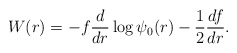
\begin{align*} W(r) = - f \frac{d}{dr} \log \psi_0(r) - \frac{1}{2} \frac{df}{dr}.\end{align*}